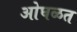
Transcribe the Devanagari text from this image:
ओघळत